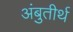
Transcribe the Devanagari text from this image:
अंबुतीर्थ